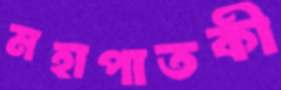
মহাপাতকী